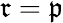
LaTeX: {\mathfrak{r}}={\mathfrak{p}}